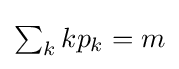
\textstyle \sum _{k}{kp_{k}}=m